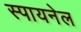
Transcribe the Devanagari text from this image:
स्पायनेल